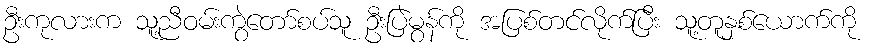
ဦးကုလားက သူ့ညီဝမ်းကွဲတော်စပ်သူ ဦးပြဲမွန်ကို အပြစ်တင်လိုက်ပြီး သူ့တူနှစ်ယောက်ကို